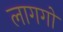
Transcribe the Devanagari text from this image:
लागगो